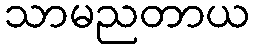
သာမညတာယ